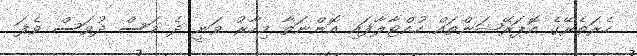
ހެރަތެރޭގެ އޮޕަރޭޝަންތައް ހުއްޓާލާފައި އޮންނަތާ މިހާރު ވަނީ ދެ މަސް ދުވަސް ވެފަ